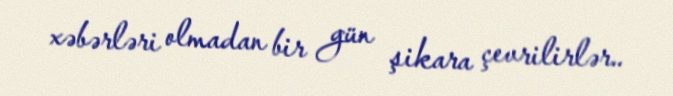
xəbərləri olmadan bir gün şikara çevrilirlər..